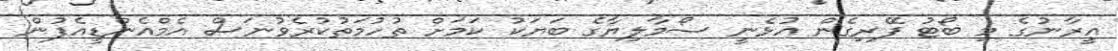
އީރާނުގެ މި ބޯޓު ފޭރިގެން އުޅެނީ ސޯމާލިޔާގެ ބަޔަކު ކަމަށް ތުހުމަތުކުރެވުނަސް އެމްއެންޑީއެފުން